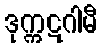
ဒုက္ကဋဂါမီ